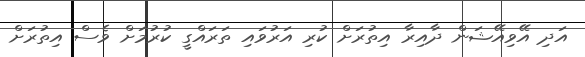
އަދި އޭވިއޭޝަން ދާއިރާ އިތުރަށް ކުރި އަރުވައި ތަރައްގީ ކުރުމަށް ވެސް އިތުރަށް